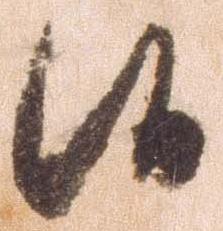
候